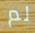
لم